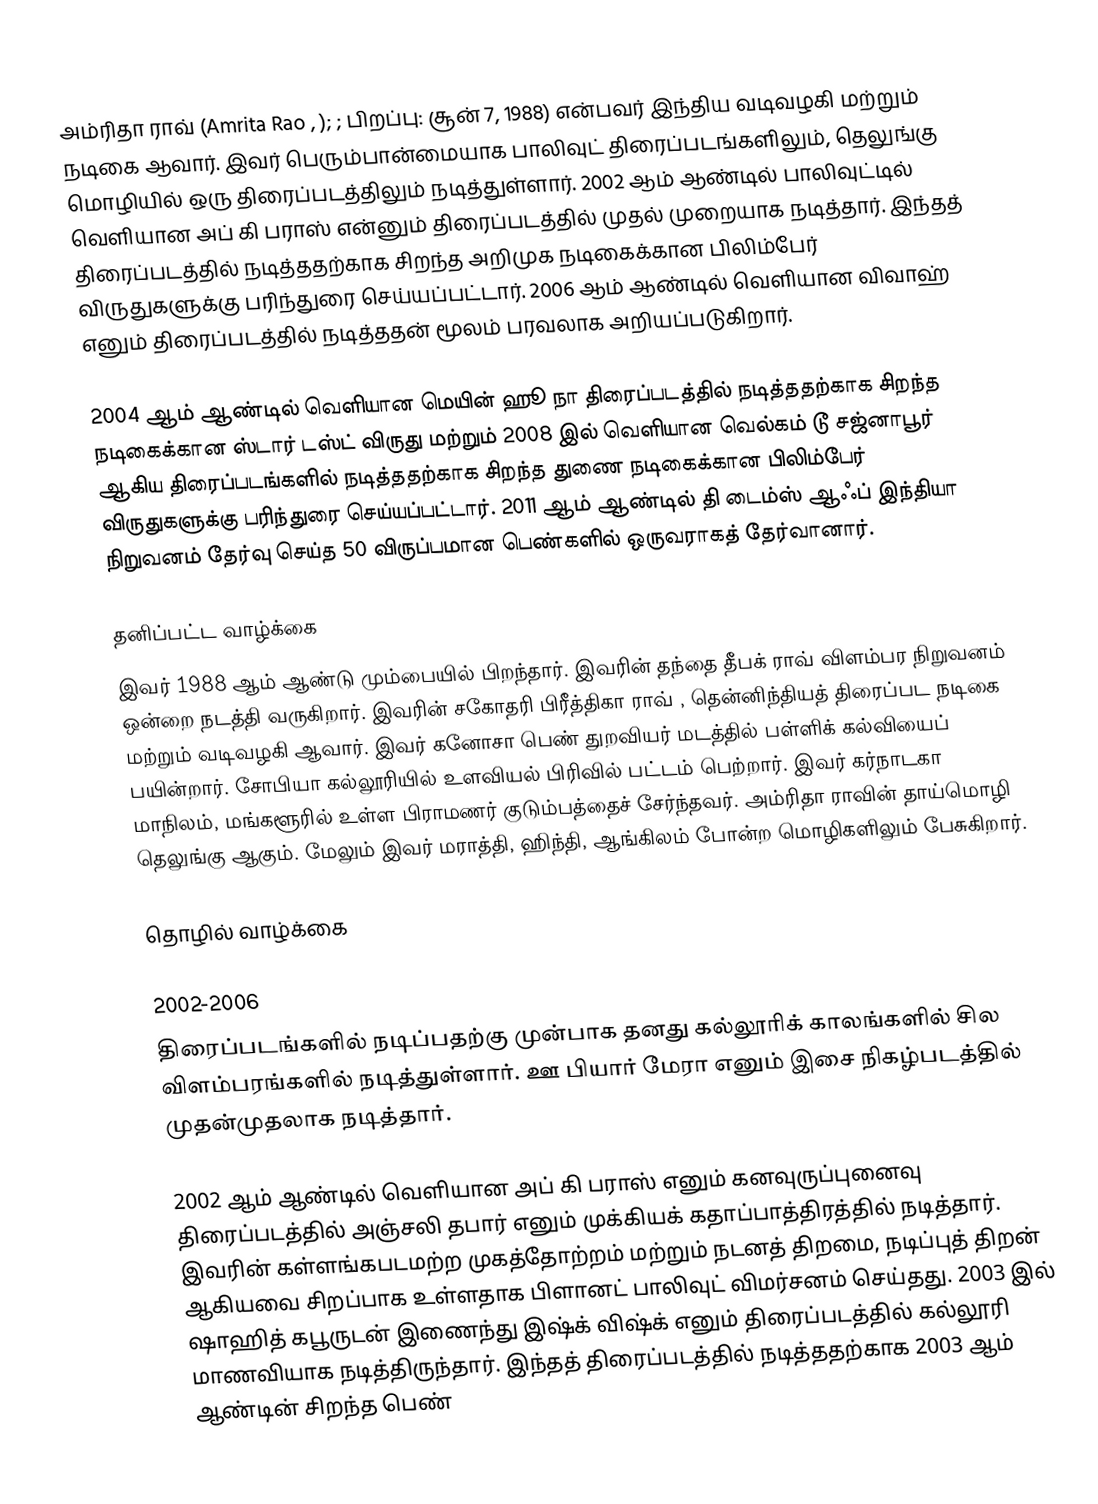
அம்ரிதா ராவ் (Amrita Rao , ); ; பிறப்பு: சூன் 7, 1988) என்பவர் இந்திய வடிவழகி மற்றும் நடிகை ஆவார். இவர் பெரும்பான்மையாக பாலிவுட் திரைப்படங்களிலும், தெலுங்கு மொழியில் ஒரு திரைப்படத்திலும் நடித்துள்ளார். 2002 ஆம் ஆண்டில் பாலிவுட்டில் வெளியான அப் கி பராஸ் என்னும் திரைப்படத்தில் முதல் முறையாக நடித்தார். இந்தத் திரைப்படத்தில் நடித்ததற்காக சிறந்த அறிமுக நடிகைக்கான பிலிம்பேர் விருதுகளுக்கு பரிந்துரை செய்யப்பட்டார். 2006 ஆம் ஆண்டில் வெளியான விவாஹ் எனும் திரைப்படத்தில் நடித்ததன் மூலம் பரவலாக அறியப்படுகிறார்.

2004 ஆம் ஆண்டில் வெளியான மெயின் ஹூ நா திரைப்படத்தில் நடித்ததற்காக  சிறந்த நடிகைக்கான ஸ்டார் டஸ்ட் விருது மற்றும் 2008 இல் வெளியான வெல்கம் டூ சஜ்னாபூர் ஆகிய திரைப்படங்களில் நடித்ததற்காக சிறந்த துணை நடிகைக்கான பிலிம்பேர் விருதுகளுக்கு பரிந்துரை செய்யப்பட்டார். 2011 ஆம் ஆண்டில் தி டைம்ஸ் ஆஃப் இந்தியா நிறுவனம் தேர்வு செய்த 50 விருப்பமான பெண்களில் ஒருவராகத் தேர்வானார்.

தனிப்பட்ட வாழ்க்கை
இவர் 1988 ஆம் ஆண்டு மும்பையில்  பிறந்தார். இவரின் தந்தை தீபக் ராவ் விளம்பர நிறுவனம் ஒன்றை நடத்தி வருகிறார். இவரின் சகோதரி பிரீத்திகா ராவ் , தென்னிந்தியத் திரைப்பட நடிகை மற்றும் வடிவழகி ஆவார். இவர் கனோசா பெண் துறவியர் மடத்தில் பள்ளிக் கல்வியைப் பயின்றார். சோபியா கல்லூரியில் உளவியல் பிரிவில் பட்டம் பெற்றார். இவர் கர்நாடகா மாநிலம், மங்களூரில் உள்ள பிராமணர் குடும்பத்தைச் சேர்ந்தவர். அம்ரிதா ராவின் தாய்மொழி தெலுங்கு ஆகும். மேலும் இவர்  மராத்தி, ஹிந்தி, ஆங்கிலம் போன்ற மொழிகளிலும் பேசுகிறார்.

தொழில் வாழ்க்கை

2002-2006
திரைப்படங்களில் நடிப்பதற்கு முன்பாக தனது கல்லூரிக் காலங்களில் சில விளம்பரங்களில் நடித்துள்ளார். ஊ பியார் மேரா எனும் இசை நிகழ்படத்தில் முதன்முதலாக நடித்தார்.

2002 ஆம் ஆண்டில் வெளியான அப் கி பராஸ் எனும் கனவுருப்புனைவு திரைப்படத்தில் அஞ்சலி தபார் எனும் முக்கியக் கதாப்பாத்திரத்தில் நடித்தார். இவரின் கள்ளங்கபடமற்ற முகத்தோற்றம் மற்றும் நடனத் திறமை, நடிப்புத் திறன் ஆகியவை சிறப்பாக உள்ளதாக பிளானட் பாலிவுட் விமர்சனம் செய்தது. 2003 இல் ஷாஹித் கபூருடன் இணைந்து இஷ்க் விஷ்க் எனும் திரைப்படத்தில் கல்லூரி மாணவியாக நடித்திருந்தார். இந்தத் திரைப்படத்தில் நடித்ததற்காக 2003 ஆம் ஆண்டின் சிறந்த பெண்